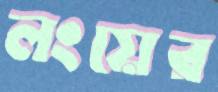
লংয়ের